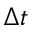
\Delta t